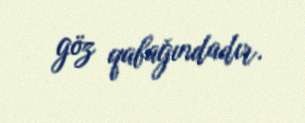
göz qabağındadır.